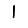
Digit: 1